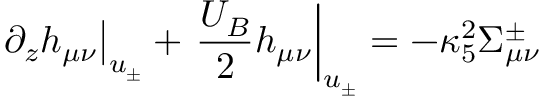
\left. \partial _ { z } h _ { \mu \nu } \right| _ { u _ { \pm } } + \left. \frac { U _ { B } } { 2 } h _ { \mu \nu } \right| _ { u _ { \pm } } = - \kappa _ { 5 } ^ { 2 } \Sigma _ { \mu \nu } ^ { \pm }